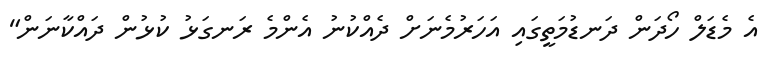
އެ މެޑަލް ހޯދަން ދަނޑުމަތީގައި އަހަރުމެނަށް ދެއްކުނު އެންމެ ރަނގަޅު ކުޅުން ދައްކާނަން"